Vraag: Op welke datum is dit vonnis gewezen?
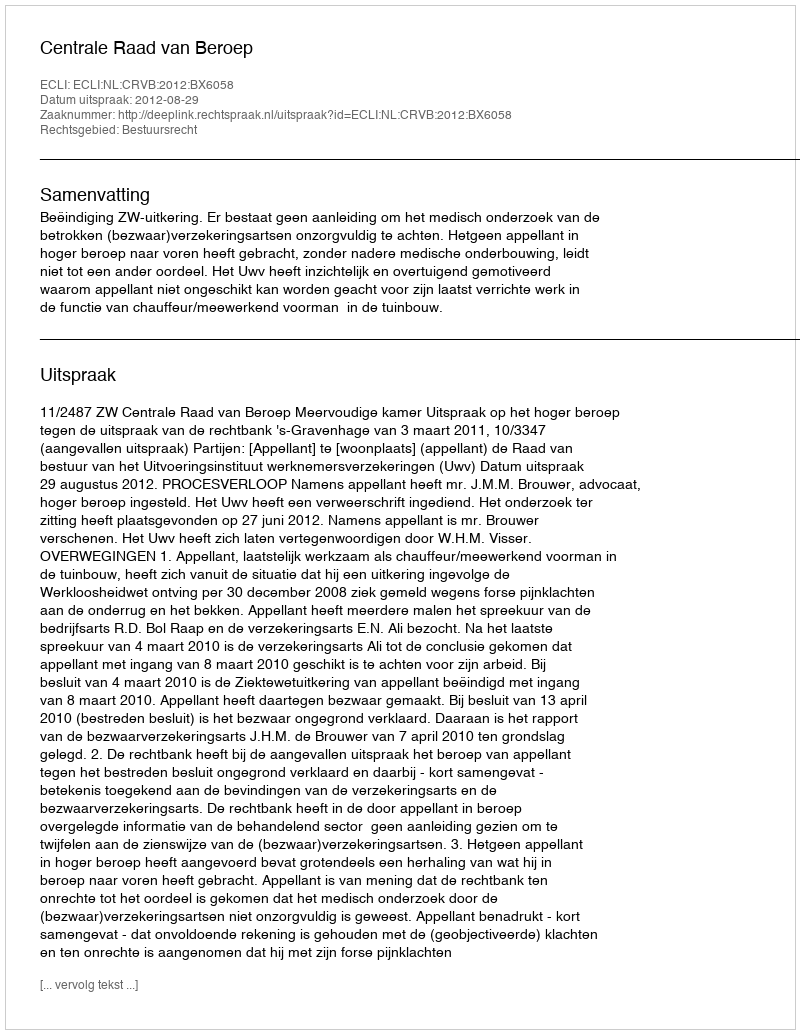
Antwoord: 2012-08-29